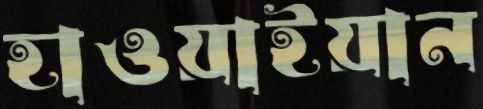
হাওয়াইয়ান